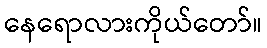
နေရောလားကိုယ်တော်။